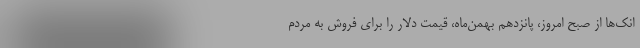
انک‌ها از صبح امروز، پانزدهم بهمن‌ماه، قیمت دلار را برای فروش به مردم